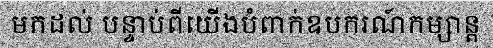
មកដល់ បន្ទាប់ពីយើងបំពាក់ឧបករណ៍កម្សាន្ត